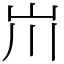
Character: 𡵅